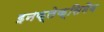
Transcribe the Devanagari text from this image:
इनफ्लेक्सिमैब